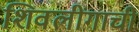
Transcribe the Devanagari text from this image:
शिवलींगाची